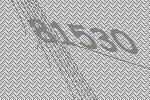
81530